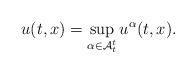
LaTeX: \begin{align*} u(t,x) =\sup_{\alpha \in \mathcal{A}^t_t} u^{\alpha}(t,x). \end{align*}